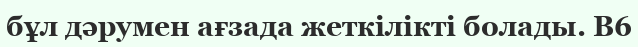
бұл дәрумен ағзада жеткілікті болады. В6